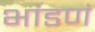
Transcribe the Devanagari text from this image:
भांडणं